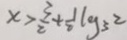
x > \frac { 3 } { 2 } + \frac { 1 } { 2 } \log _ { 3 } 2